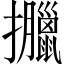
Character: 𢺎